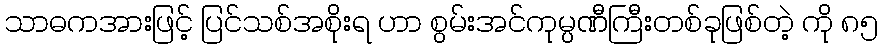
သာဓကအားဖြင့် ပြင်သစ်အစိုးရ ဟာ စွမ်းအင်ကုမ္ပဏီကြီးတစ်ခုဖြစ်တဲ့ ကို ၈၅